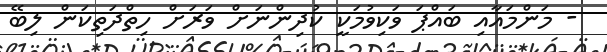
- މަންމައާއި ބައްޕަ ވަކިވުމަކީ ކުދިންނަށް ވަރަށް ހިތްދަތިކަން ލިބޭ